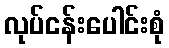
လုပ်ငန်းပေါင်းစုံ